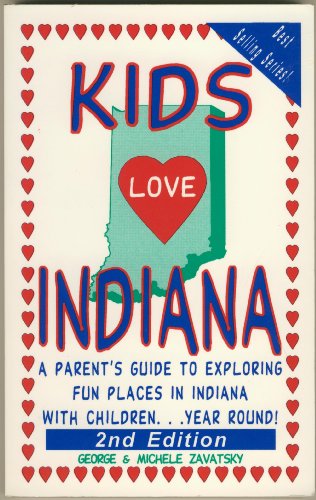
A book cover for Kids Love Indiana: A Parent's Guide to Exploring Fun Places in Indiana With Children...Year Round!; George Zavatsky; Travel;